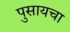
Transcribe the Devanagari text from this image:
पुसायचा